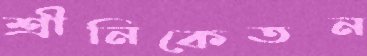
শ্রীনিকেতন